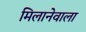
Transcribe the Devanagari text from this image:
मिलानेवाला